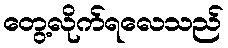
တွေ့လိုက်ရလေသည်